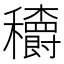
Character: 𥤏